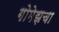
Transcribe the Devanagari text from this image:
गोमेझचा